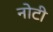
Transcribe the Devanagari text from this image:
नोटी